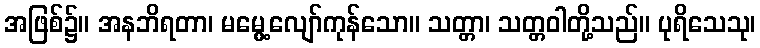
အဖြစ်၌။ အနဘိရတာ၊ မမွေ့လျော်ကုန်သော။ သတ္တာ၊ သတ္တဝါတို့သည်။ ပုရိသေသု၊